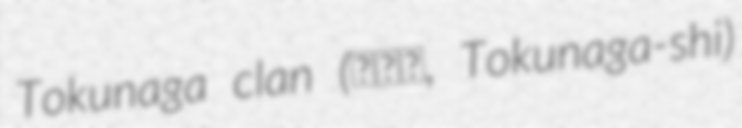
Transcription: Tokunaga clan (徳永氏, Tokunaga-shi)